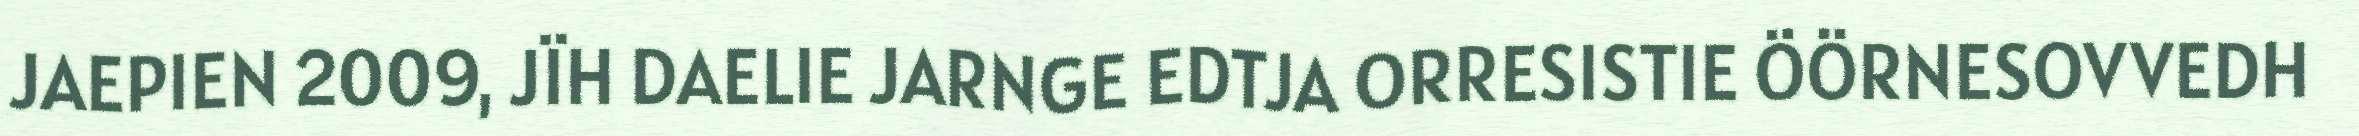
JAEPIEN 2009, JÏH DAELIE JARNGE EDTJA ORRESISTIE ÖÖRNESOVVEDH